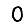
Digit: 0